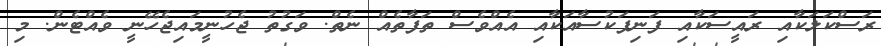
ރަސްކަލަކާއި ރައީސަކާއި ފަނިފަކުސާއަކާއި އެއްވެސް ތަފާތެއް ނެތް. ވަގުތު ޖެހުނީމައިޖެހޭނީ ވެއްޓެން. މި